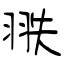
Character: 翐